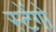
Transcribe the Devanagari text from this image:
स्टेंगो